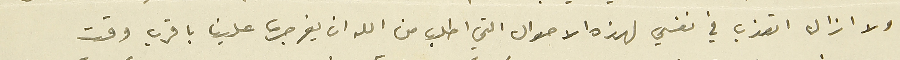
ولا ازال اتعذب في نفسي لهذه الاحوال التي اطلب من الله ان يفرجها علينا باقرب وقت